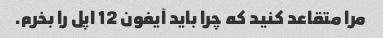
مرا متقاعد کنید که چرا باید آیفون 12 اپل را بخرم.